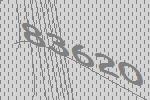
83620